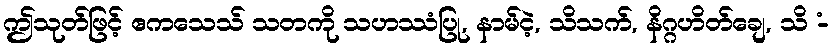
ဤသုတ်ဖြင့် ဧကသေသ် သတကို သဟဿံပြု, နာမ်ငဲ့, သိသက်, နိဂ္ဂဟိတ်ချေ, သိ -ံ